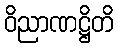
ဝိညာဏဋ္ဌိတိ